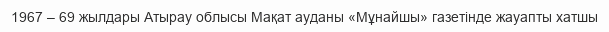
1967 – 69 жылдары Атырау облысы Мақат ауданы «Мұнайшы» газетінде жауапты хатшы